Annual report on the mental hospital in the Central Provinces and Berar (Nagpur) - 1927-1951
Year: 1927
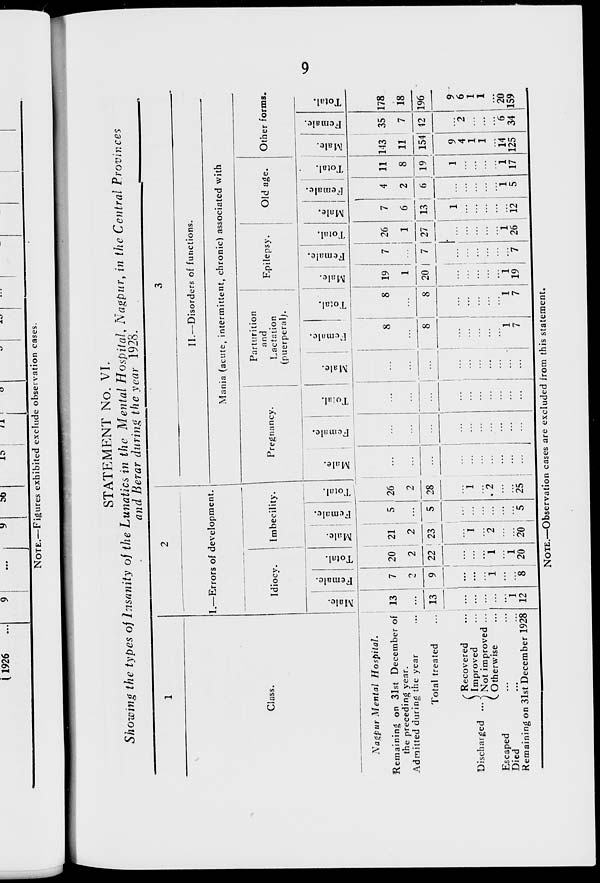
9
STATEMENT No. VI.
Showing the types of Insanity of the Lunatics in the Mental Hospital, Nagpur, in the Central Provinces
and Berar during the year 1928.
1
Class.
Nagpur Mental
Hospital.
Remaining on 31st December of
the preceding year.
Admitted during the year ...
Total treated ...
Discharged ...
Recovered ...
Improved ...
Not improved ...
Otherwise ...
Escaped ... ...
Died ... ...
Remaining on 31st December 1928
2
1.—Errors of development.
Idiocy.
Male.
13
...
13
...
...
...
...
...
1
12
Female.
7
2
9
...
...
...
1
...
...
8
Total.
20
2
22
...
...
... 1
...
1
20
Imbecility.
Male.
21
2
23
...
1
...
2
...
...
20
Female.
5
...
5
...
...
...
...
...
...
5
Total.
26
2
28
...
1
...
2
...
...
25
3
II.—Disorders of functions.
Mania (acute, intermittent, chronic) associated with
Pregnancy.
Male.
...
...
...
...
...
...
...
...
...
...
Female.
...
...
...
...
...
...
...
...
...
...
Total.
...
...
...
...
...
...
...
...
...
...
Parturition
and
Lactation
(puerperal).
Male.
...
...
...
...
...
...
...
...
...
...
Female.
8
...
8
...
...
...
...
...
1
7
Total.
8
...
8
...
...
...
...
...
1
7
Epilepsy.
Male.
19
1
20
...
...
...
...
...
1
19
Female.
7
...
7
...
...
...
...
...
...
7
Total.
26
1
27
...
...
...
...
...
1
26
Old age.
Male.
7
6
13
1
...
...
...
...
...
12
Female.
4
2
6
...
...
...
...
... 1
5
Total.
11
8
19
1
...
...
...
...
1
17
Other forms.
Male.
143
11
154
9
4
1
1
...
14
125
Female.
35
7
42
...
2
...
...
...
6
34
Total.
178
18
196
9
6
1
1
...
20
159
NOTE.—Observation cases are excluded from this statement.